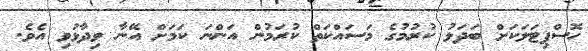
ހޮސްޕިޓަލަކަށް ބަދަލު ކުރުމުގެ މަސައްކަތް ކުރަމުން އަންނަ ކަމަށް އޭނާ ވިދާޅުވި އެވެ.